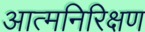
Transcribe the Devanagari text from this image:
आत्मनिरिक्षण